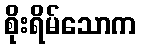
စိုးရိမ်သောက